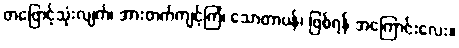
တဖြောင့်သုံးလျက်၊ အားတက်ကျင့်ကြံ၊ သောတာပန်၊ ဖြစ်ရန် အကြောင်းလေး။